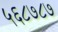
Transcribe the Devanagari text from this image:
५६८७८७